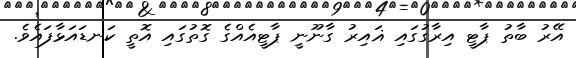
އޭރު ބާތު ޕާޓީ އިރާގުގައި ޣައިރު ގާނޫނީ ޕާޓީއެއްގެ ގޮތުގައި އޮތީ ކަނޑައަޅާފައެވެ.